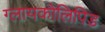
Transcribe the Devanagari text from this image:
ग्लायकोलिपिड